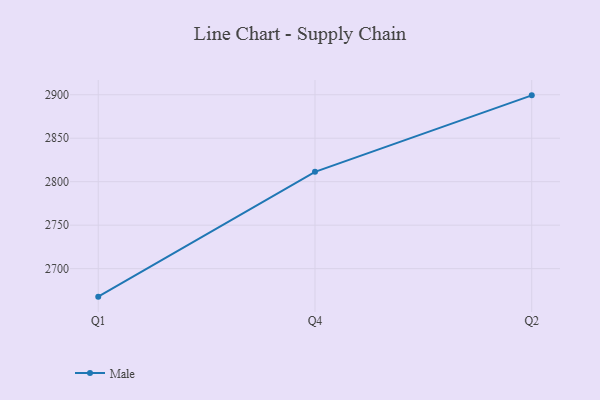
{"axis": {"x": "Quarter", "y": "Latency (ms)"}, "legend": ["Male"], "data": [{"x": "Q1", "y": 2667.8, "type": "Male"}, {"x": "Q4", "y": 2811.3, "type": "Male"}, {"x": "Q2", "y": 2899.3, "type": "Male"}]}